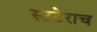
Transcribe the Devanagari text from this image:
स्टटेराच